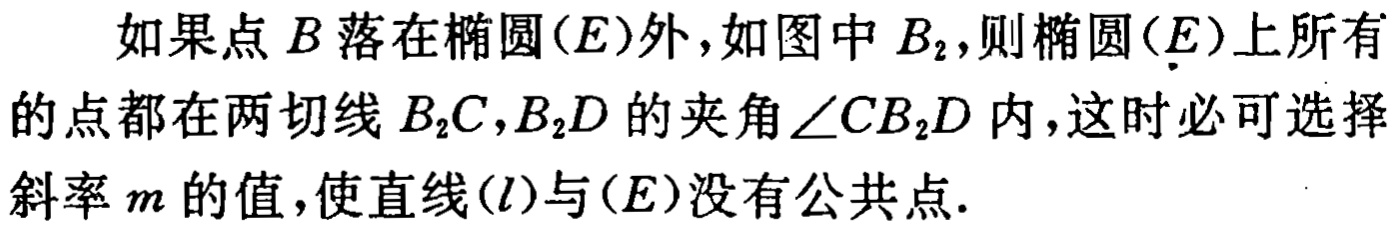
如果点 \(B\) 落在椭圆\((E)\)外，如图中 \(B_{2}\)，则椭圆\((E)\)上所有的点都在两切线 \(B_{2}C,B_{2}D\) 的夹角\(\angle CB_{2}D\) 内，这时必可选择斜率 \(m\) 的值，使直线\((l)\)与\((E)\)没有公共点.